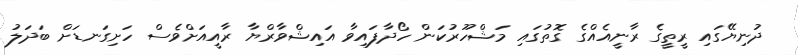
ދުނިޔޭގައި ރީތީގެ ރާނީއެއްގެ ގޮތުގައި މަޝްހޫރުކަން ހޯދާފައިވާ އައިޝްވާރްޔާ ރާއީއަށްވެސް ހަށިގަނޑަށް ބަދަލު